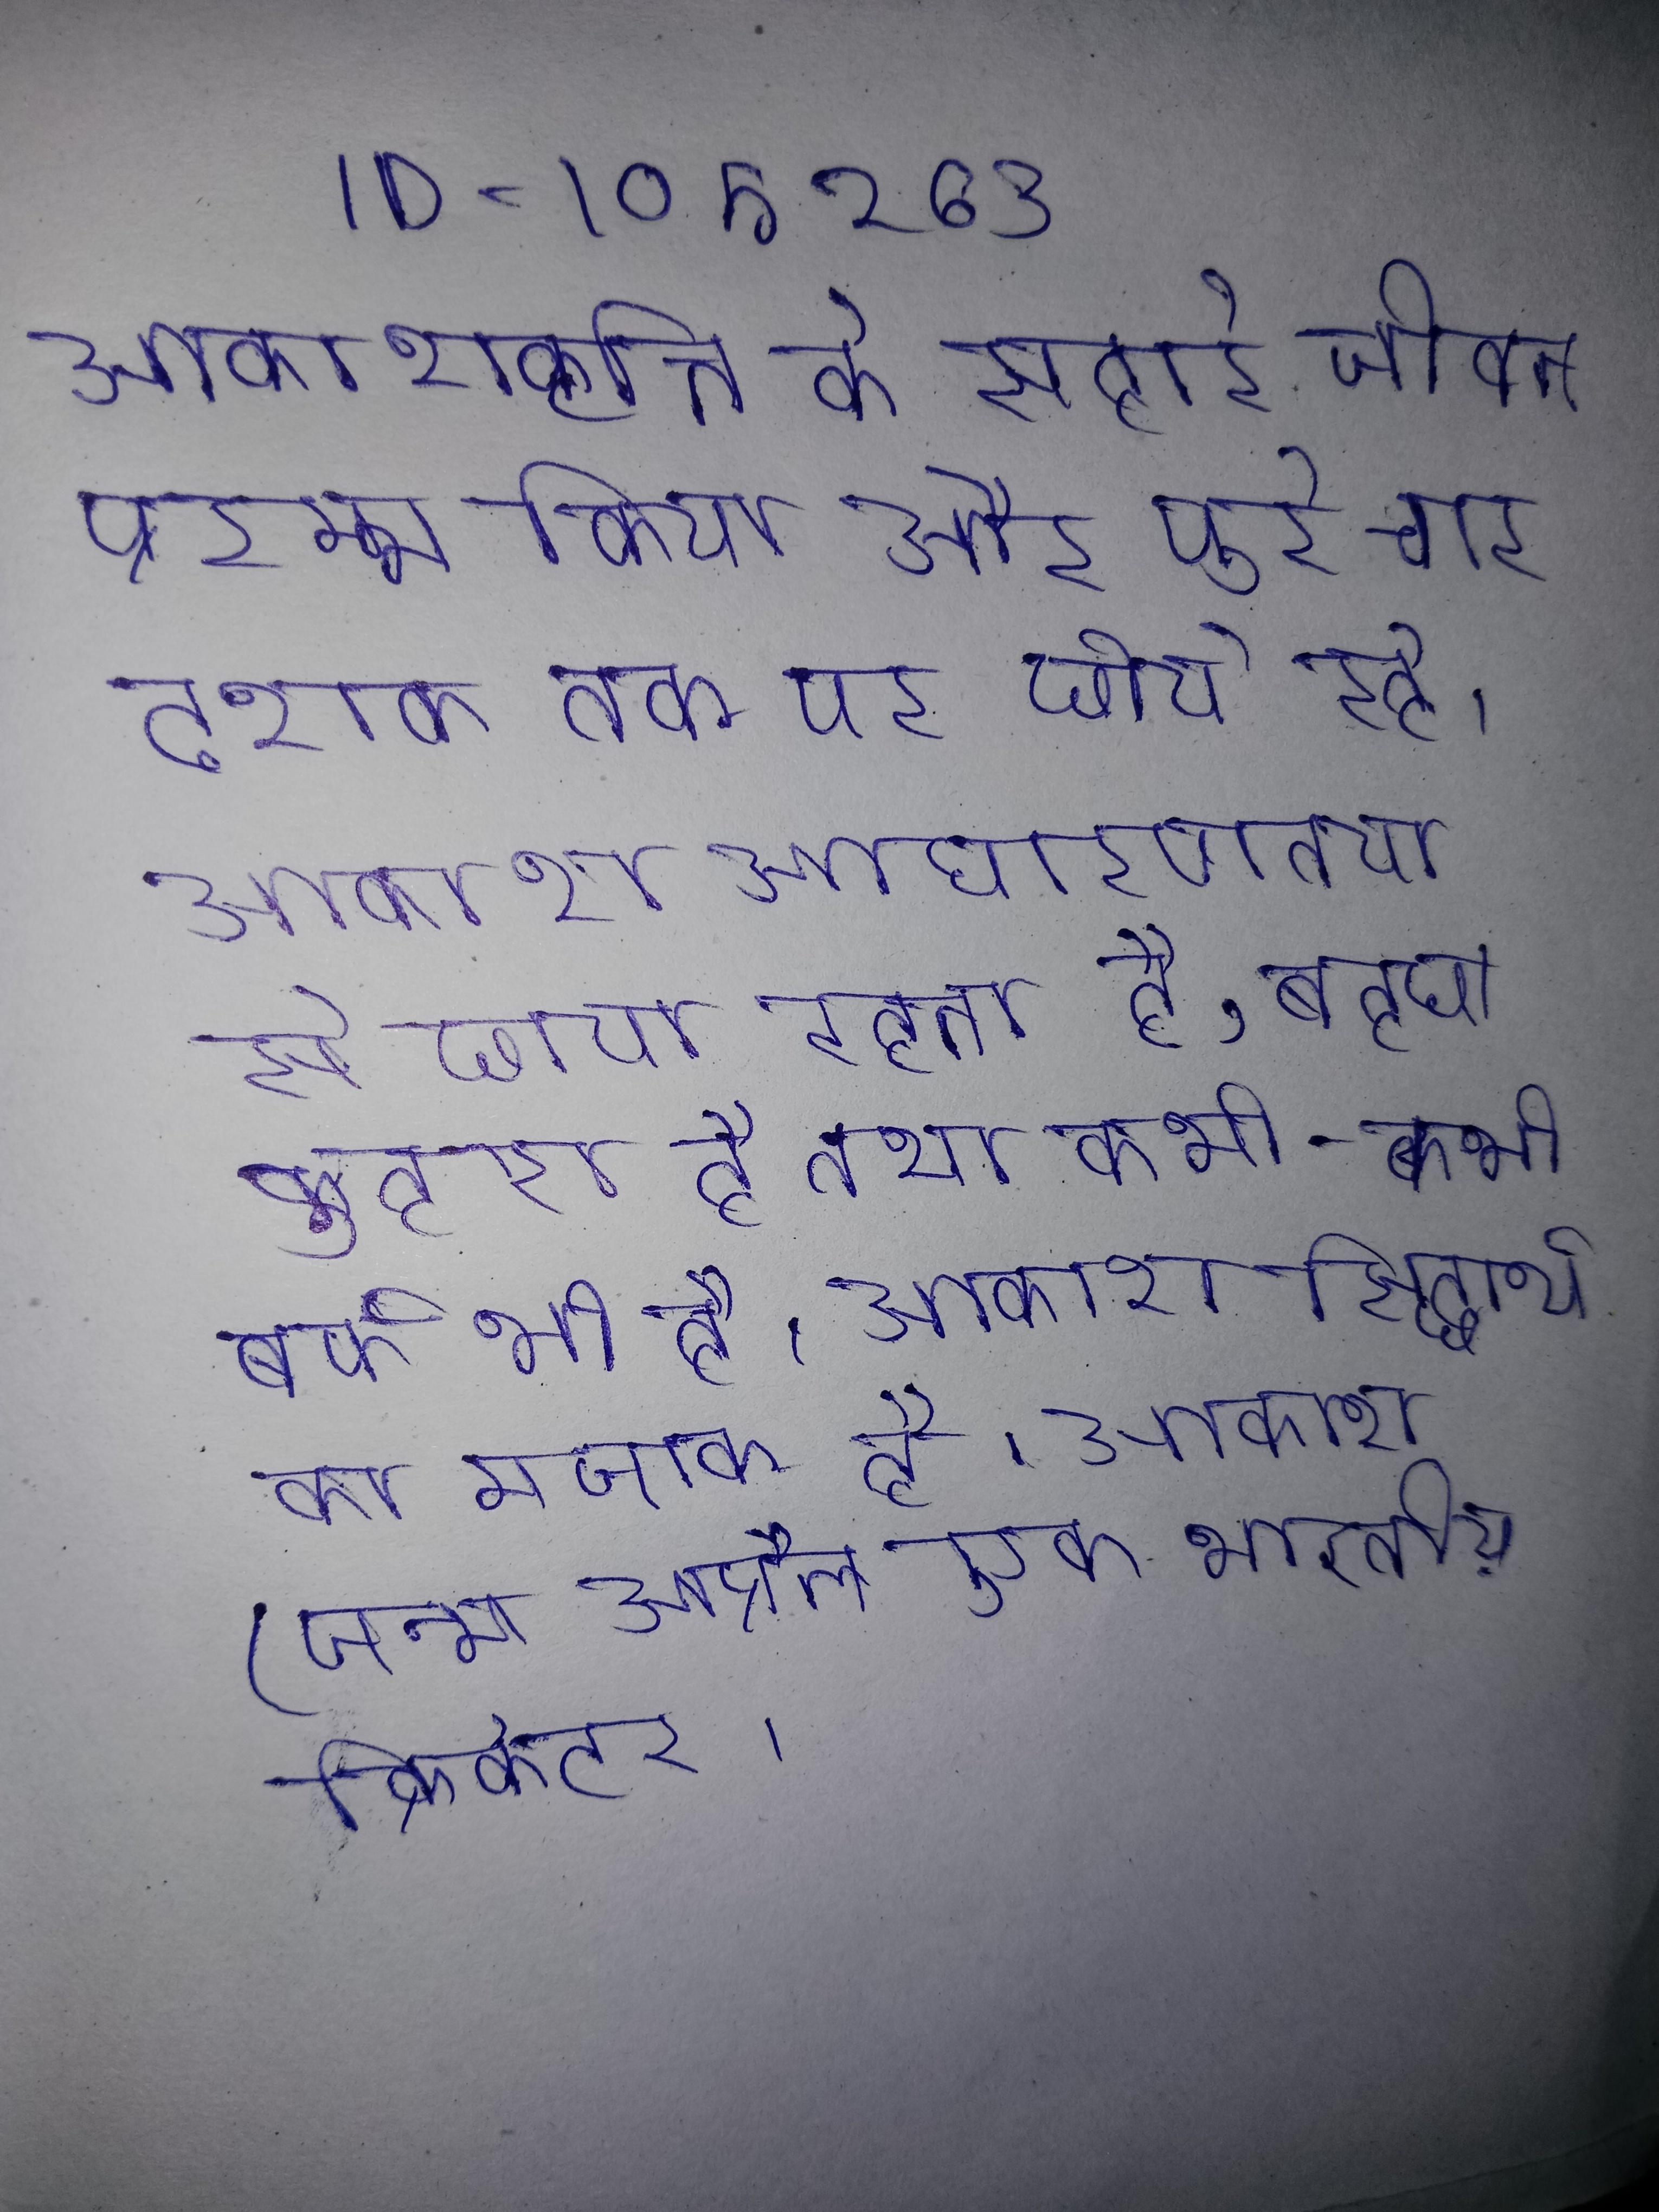
आकाशवृत्ति के सहारे जीवन प्रारम्भ किया और पूरे चार दशक तक पर छाये रहे । आकाश साधारणतया से छाया रहता है, बहुधा कुहरा है तथा कभी-कभी बर्फ भी है । आकाश सिद्धार्थ का मजाक है । आकाश (जन्म अप्रैल एक भारतीय क्रिकेटर ।